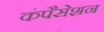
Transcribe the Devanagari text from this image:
कंपैसेशन